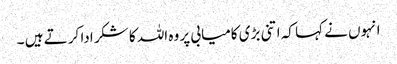
انہوں نے کہا کہ اتنی بڑی کامیابی پر وہ اللہ کا شکر ادا کر تے ہیں ۔